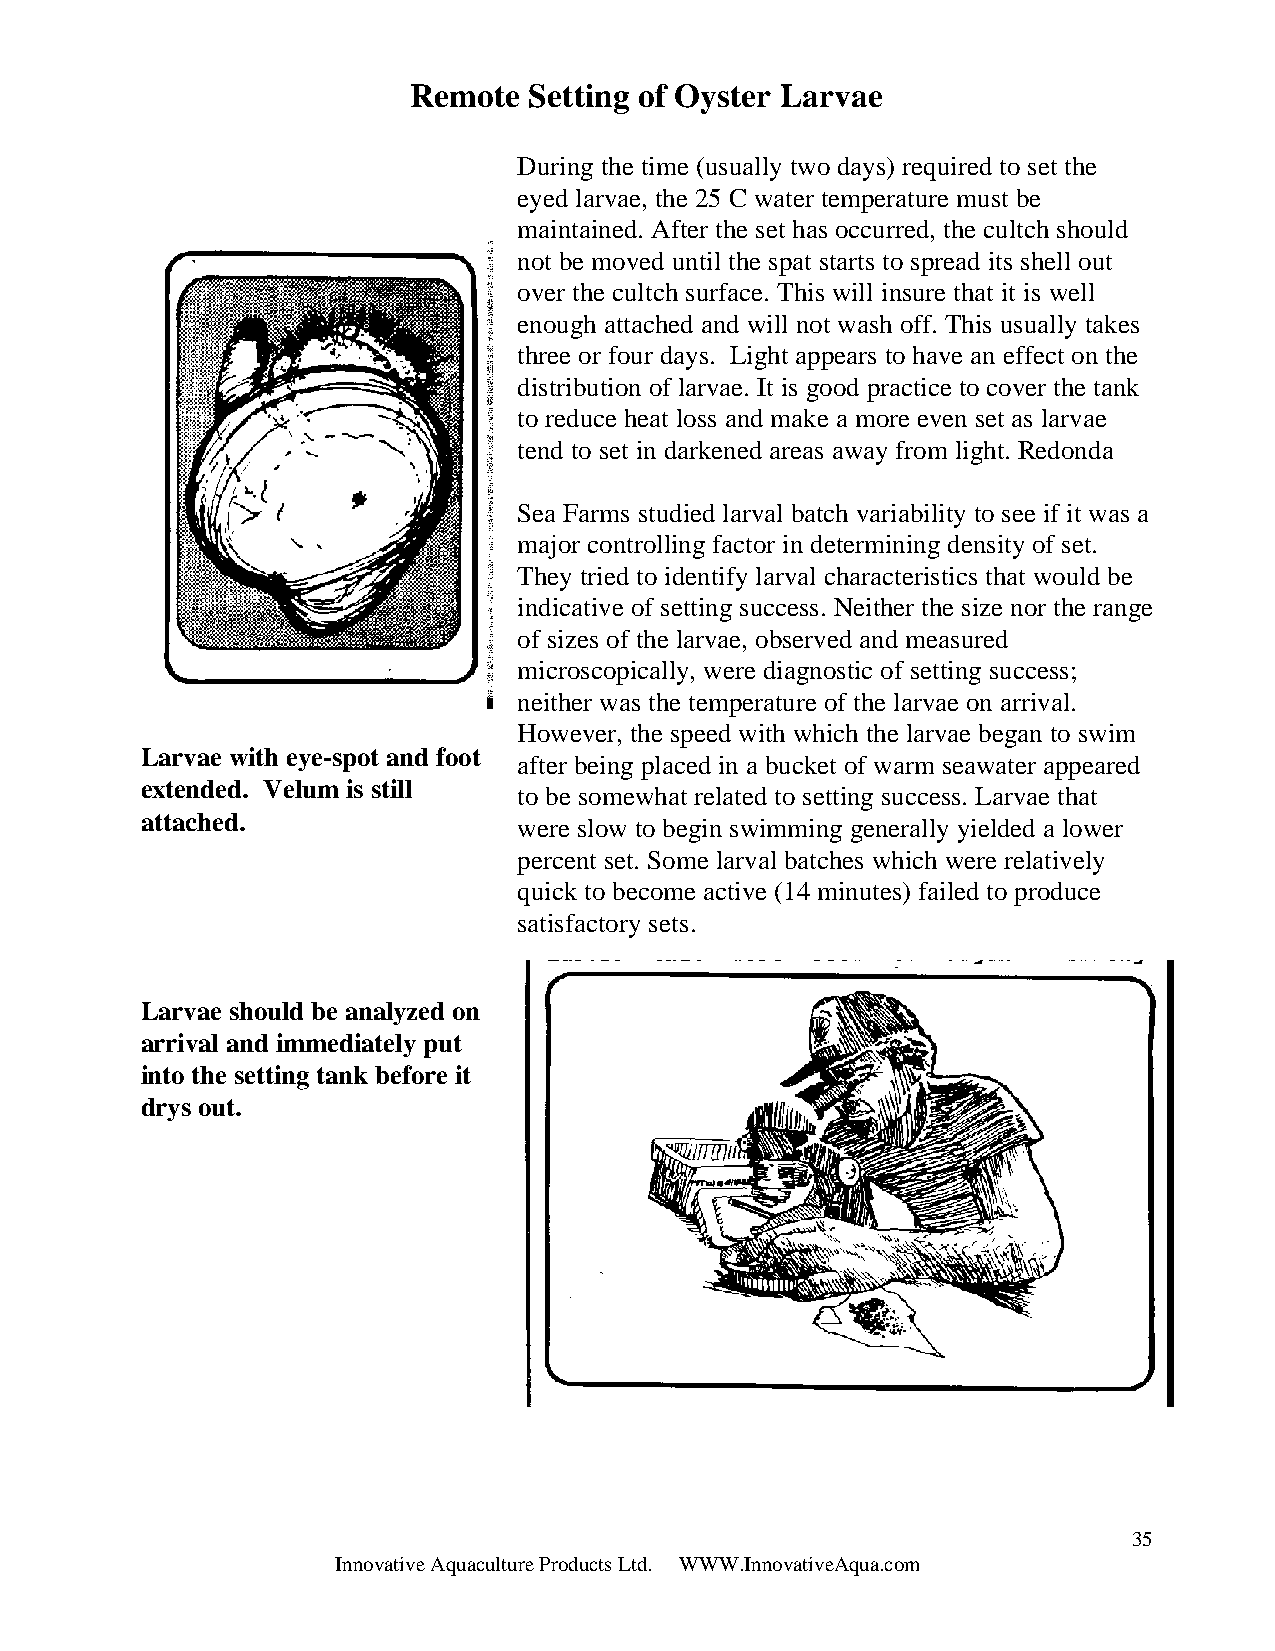
Remote  Setting of Oyster Larvae
 During the time (usually two days) required to set the
 eyed larvae, the 25 C water temperature must be
 maintained. After the set has occurred, the cultch should
 not be moved until the spat starts to spread its shell out
 over the cultch surface. This will insure that it is well
 enough attached and will not wash off. This usually takes
 three or four days. Light appears to have an effect on the
 distribution of larvae. It is good practice to cover the tank
 to reduce heat loss and make a more even set as larvae
 tend to set in darkened areas away from light. Redonda
 Sea Farms studied larval batch variability to see if it was a
 major controlling factor in determining density of set.
 They tried to identify larval characteristics that would be
 indicative of setting success. Neither the size nor the range
 of sizes of the larvae, observed and measured
 microscopically, were diagnostic of setting success;
 neither was the temperature of the larvae on arrival.
 However, the speed with which the larvae began to swim
 Larvae with eye-spot and foot
 after being placed in a bucket of warm seawater appeared
 extended. Velum is still
 to be somewhat related to setting success. Larvae that
 attached.
 were slow to begin swimming generally yielded a lower
 percent set. Some larval batches which were relatively
 quick to become active (14 minutes) failed to produce
 satisfactory sets.
 Larvae should be analyzed on
 arrival and immediately put
 into the setting tank before it
 drys out.
 35
 Innovative Aquaculture Products Ltd. WWW.InnovativeAqua.com